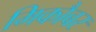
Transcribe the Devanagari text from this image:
मिकौबर